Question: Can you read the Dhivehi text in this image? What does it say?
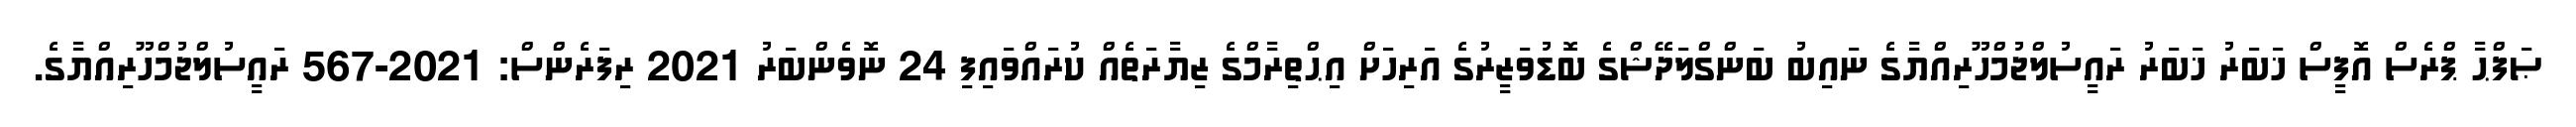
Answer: ޞަފްޙާ ޕްރެސް އޮފީސް ޚަބަރު ޚަބަރު ރައީސުލްޖުމްހޫރިއްޔާގެ ނައިބު ބަންގްލަދޭޝްގެ ބޮޑުވަޒީރުގެ އަރިހަށް އިޙްތިރާމްގެ ޒިޔާރަތެއް ކުރައްވައިފި 24 ނޮވެންބަރު 2021 ރިފަރެންސް: 2021-567 ރައީސުލްޖުމްހޫރިއްޔާގެ.